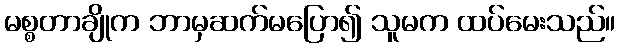
မစ္စတာချိုက ဘာမှဆက်မပြော၍ သူမက ထပ်မေးသည်။